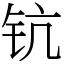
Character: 钪